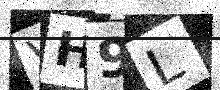
Text: VH9L